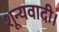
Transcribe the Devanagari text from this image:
शून्यवादी।